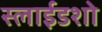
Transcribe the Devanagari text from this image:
स्लाईडशो